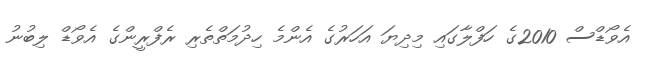
އެވޯޑްސް 2010ގެ ހަފްލާގައި މިދިޔަ އަހަރުގެ އެންމެ ހިދުމަތްތެރި ރެފްރީންގެ އެވޯޑް ލިބުނު